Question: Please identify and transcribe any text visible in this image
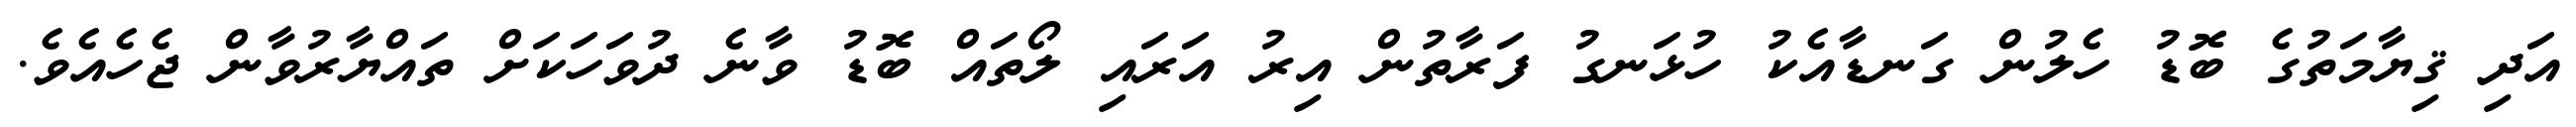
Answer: އަދި ޤިޔާމަތުގެ ބޮޑު ހެލުން ގަނޑާއެކު ހުޅަނގު ފަރާތުން އިރު އަރައި ލޯތައް ބޮޑު ވާނެ ދުވަހަކަށް ތައްޔާރުވާން ޖެހެއެވެ.